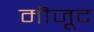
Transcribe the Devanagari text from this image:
मॊजूद